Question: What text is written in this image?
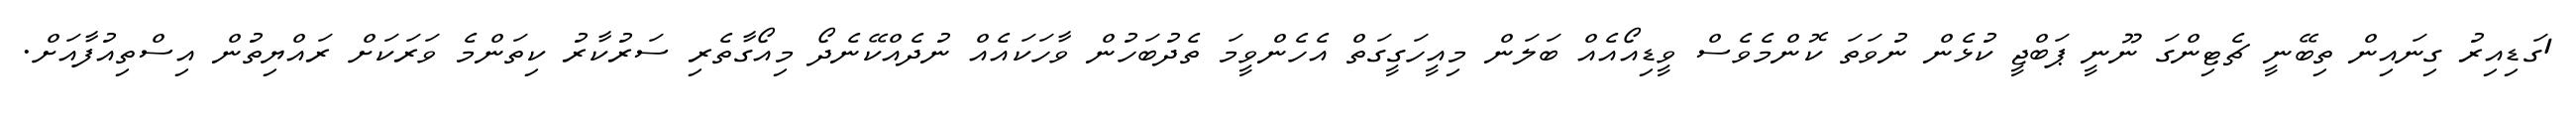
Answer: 1ގަޑިއިރު ގިނައިން ތިބޭނީ ޗެޓިންގަ ނޫނީ ޕަބްޖީ ކުޅެން ނުވަތަ ކޮންމެވެސް ވީޑިއޯއެއް ބަލަން މިއީހަގީގަތް އެހެންވީމަ ތެދުބަހުން ވާހަކައެއް ނުދެއްކޭނެދޯ މިއޯގާތެރި ސަރުކާރު ކިތަންމެ ވަރަކަށް ރައްޔިތުން އިސްތިއުފާއަށް.